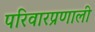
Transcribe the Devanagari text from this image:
परिवारप्रणाली